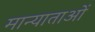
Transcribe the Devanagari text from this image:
मान्याताओं